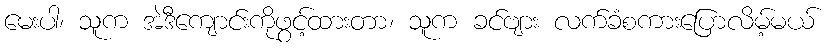
မေးပါ၊ သူက အဲဒီကျောင်းကိုဖွင့်ထားတာ၊ သူက ခင်ဗျား လက်ခံစကားပြောလိမ့်မယ်